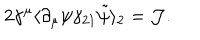
LaTeX: 2 \gamma ^ { \mu } \langle \partial _ { \mu } \psi \gamma _ { 2 1 } \tilde { \psi } \rangle _ { 2 } = { \cal J } .